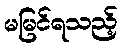
မမြင်ရသည့်